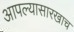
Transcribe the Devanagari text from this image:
आपल्यासारखाच